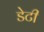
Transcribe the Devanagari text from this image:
डेटी